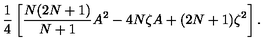
\frac { 1 } { 4 } \left[ \frac { N ( 2 N + 1 ) } { N + 1 } A ^ { 2 } - 4 N \zeta A + ( 2 N + 1 ) \zeta ^ { 2 } \right] .